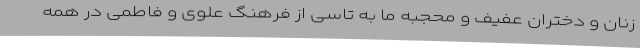
زنان و دختران عفیف و محجبه ما به تاسی از فرهنگ علوی و فاطمی در همه